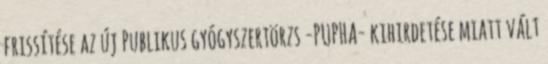
frissítése az új Publikus gyógyszertörzs -PUPHA- kihirdetése miatt vált